Madras plague regulations in force outside the Presidency town - Volume 1
Disease focus: Plague
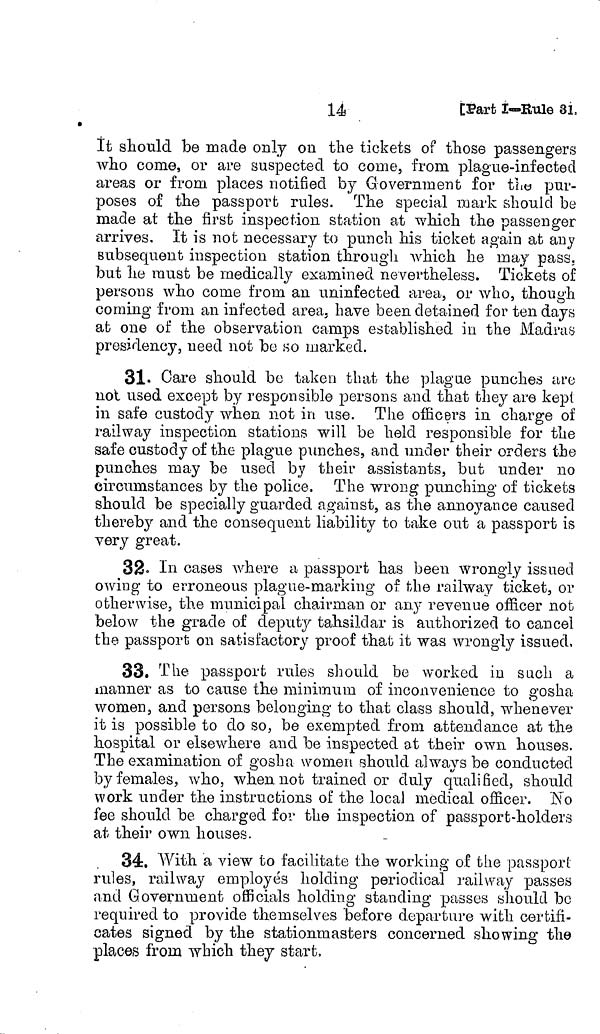
14,
[Part I—Rule 31
It should be made only on the tickets of those passengers
who come, or are suspected to come, from plague-infected
areas or from places notified by Government for the pur-
poses of the passport rules. The special mark should be
made at the first inspection station at which the passenger
arrives. It is not necessary to punch his ticket again at any
subsequent inspection station through which he may pass.
but he must be medically examined nevertheless. Tickets of
persons who come from an uninfected area, or who, though
corning from an infected area, have been detained for ten days
at one of the observation camps established in the Madras
presidency, need not be so marked.
31- Care should be taken that the plague punches are
not used except by responsible persons and that they are kept
in safe custody when not in use. The officers in charge of
railway inspection stations will be held responsible for the
safe custody of the plague punches, and under their orders the
punches may be used by their assistants, but under no
circumstances by the police. The wrong punching of tickets
should be specially guarded against, as the annoyance caused
thereby and the consequent liability to take out a passport is
very great.
32. In cases where a passport has been wrongly issued
owing to erroneous plague-marking of the railway ticket, or
otherwise, the municipal chairman or any revenue officer not
below the grade of deputy tahsildar is authorized to cancel
the passport on satisfactory proof that it was wrongly issued,
33. The passport rules should be worked in such a
manner as to cause the minimum of inconvenience to gosha
women, and persons belonging to that class should, whenever
it is possible to do so, be exempted from attendance at the
hospital or elsewhere and be inspected at their own houses.
The examination of gosha women should alwavs be conducted
e/
by females, who, when not trained or duly qualified, should
work under the instructions of the local medical officer. No
fee should be charged for the inspection of passport-holders
at their own. houses.
34, With a view to facilitate the working 06 the passport
rules, railway employes holding periodical railway passes
and Government officials holding standing passes should be
required to provide themselves before departure with certifi-
cates signed by the stationmasters concerned showing the
places from which they start,